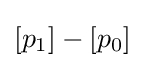
[p_{1}]-[p_{0}]